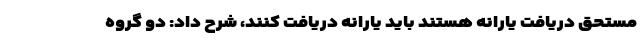
مستحق دریافت یارانه هستند باید یارانه دریافت کنند، شرح داد: دو گروه